Scottish Leaving Certificate Examination, 1952
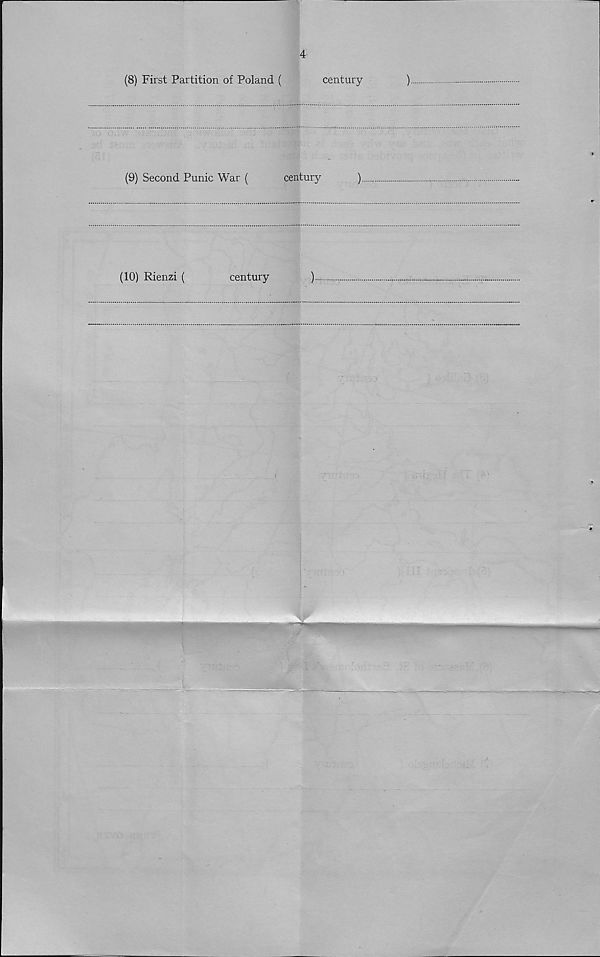
4
(8) First Partition of Poland (
century
)
(9) Second Punic War (
century
)
(10) Rienzi (
century
)